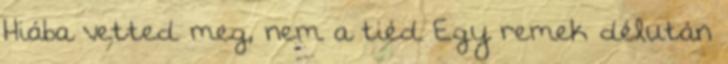
Hiába vetted meg, nem a tiéd Egy remek délután